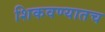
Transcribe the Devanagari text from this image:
शिकवण्यातच